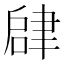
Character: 𬚫